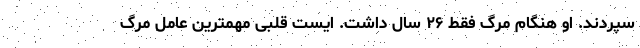
سپردند. او هنگام مرگ فقط ۲۶ سال داشت. ایست قلبی مهمترین عامل مرگ